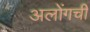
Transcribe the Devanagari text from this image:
अलोंगची